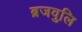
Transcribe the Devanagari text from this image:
ब्रजवुलि